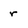
Character: r